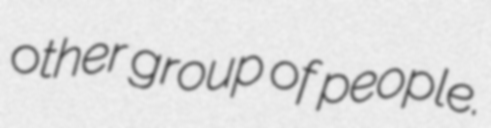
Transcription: other group of people.